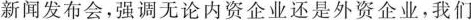
新闻发布会，强调无论内资企业还是外资企业，我们